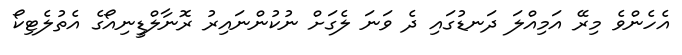
އެހެންވެ މިރޭ އަމިއްލަ ދަނޑުގައި ދެ ވަނަ ލެގަށް ނުކުންނައިރު ރޮނާލްޑީނިއޯގެ އެތުލެޓިކޯ